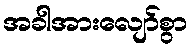
အခါအားလျော်စွာ